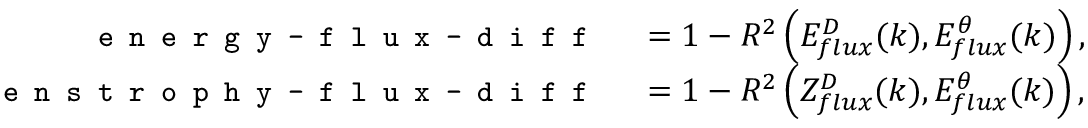
\begin{array} { r l } { \texttt { \small e n e r g y - f l u x - d i f f } } & { { } = 1 - R ^ { 2 } \left( E _ { f l u x } ^ { D } ( k ) , E _ { f l u x } ^ { \theta } ( k ) \right) , } \\ { \texttt { \small e n s t r o p h y - f l u x - d i f f } } & { { } = 1 - R ^ { 2 } \left( Z _ { f l u x } ^ { D } ( k ) , E _ { f l u x } ^ { \theta } ( k ) \right) , } \end{array}